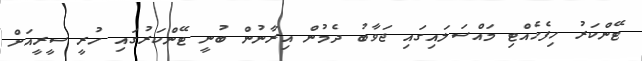
ޓޭންކަރު ހިފެހެއްޓި މައްސަލައިގައި ޖަވާބު ދެމުން އިރާނުން ބުނީ ޓޭންކަރުގައި ހުރީ ސީރީއަށް